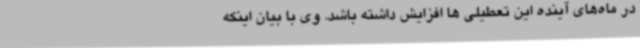
در ماه‌های آینده این تعطیلی ها افزایش داشته باشد. وی با بیان اینکه